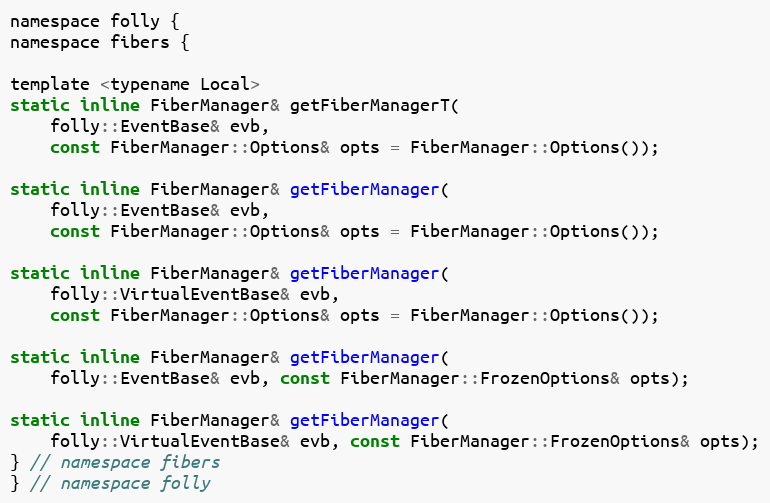
Language: C
namespace folly {
namespace fibers {

template <typename Local>
static inline FiberManager& getFiberManagerT(
    folly::EventBase& evb,
    const FiberManager::Options& opts = FiberManager::Options());

static inline FiberManager& getFiberManager(
    folly::EventBase& evb,
    const FiberManager::Options& opts = FiberManager::Options());

static inline FiberManager& getFiberManager(
    folly::VirtualEventBase& evb,
    const FiberManager::Options& opts = FiberManager::Options());

static inline FiberManager& getFiberManager(
    folly::EventBase& evb, const FiberManager::FrozenOptions& opts);

static inline FiberManager& getFiberManager(
    folly::VirtualEventBase& evb, const FiberManager::FrozenOptions& opts);
} // namespace fibers
} // namespace folly